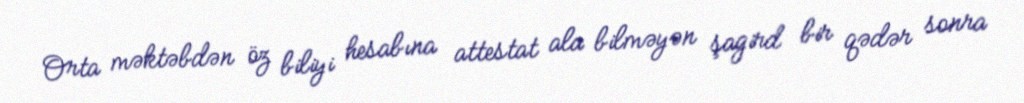
Orta məktəbdən öz biliyi hesabına attestat ala bilməyən şagird bir qədər sonra